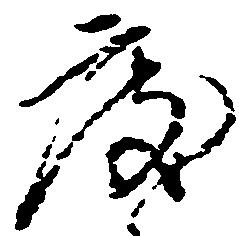
度